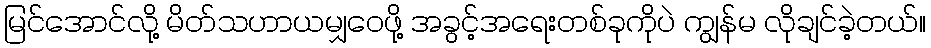
မြင်အောင်လို့ မိတ်သဟာယမျှဝေဖို့ အခွင့်အရေးတစ်ခုကိုပဲ ကျွန်မ လိုချင်ခဲ့တယ်။